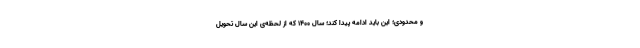
و محدودی؛ این باید ادامه پیدا کند؛ سال ۱۴۰۰ که از لحظه‌ی این سال تحویل